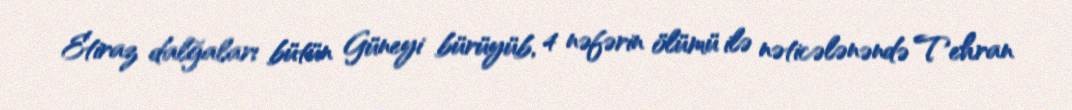
Etiraz dalğaları bütün Güneyi bürüyüb, 4 nəfərin ölümü ilə nəticələnəndə Tehran